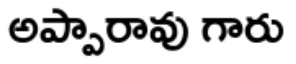
అప్పారావు గారు